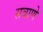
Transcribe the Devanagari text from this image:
सत्राणे